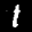
Label: 1